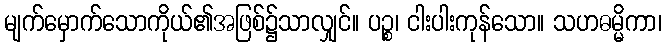
မျက်မှောက်သောကိုယ်၏အဖြစ်၌သာလျှင်။ ပဉ္စ၊ ငါးပါးကုန်သော။ သဟဓမ္မိကာ၊